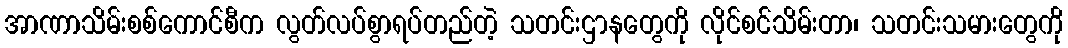
အာဏာသိမ်းစစ်ကောင်စီက လွတ်လပ်စွာရပ်တည်တဲ့ သတင်းဌာနတွေကို လိုင်စင်သိမ်းတာ၊ သတင်းသမားတွေကို